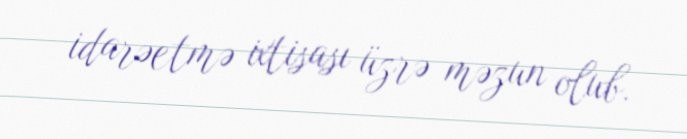
idarəetmə ixtisası üzrə məzun olub.